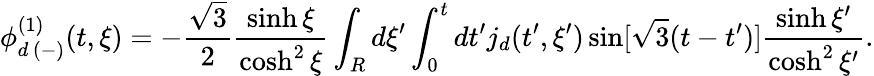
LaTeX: \phi_{d\, (-)}^{(1)}(t,\xi)=-\frac{\sqrt{3}}{2}\frac{\sinh\xi}{\cosh^{2}\xi}\int_{R}d\xi^{\prime}\int_{0}^{t}dt^{\prime}j_{d}(t^{\prime},\xi^{\prime})\sin[\sqrt{3}(t-t^{\prime})]\frac{\sinh\xi^{\prime}}{\cosh^{2}\xi^{\prime}}.